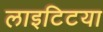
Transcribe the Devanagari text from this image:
लाइटिटया